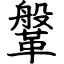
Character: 鞶